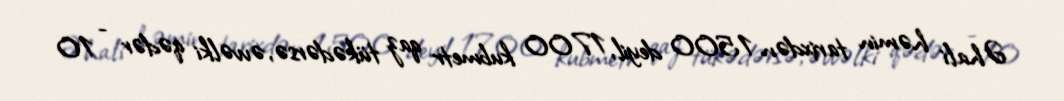
Əhali həmin tarixdən 1500 deyil, 1700 kubmetr qaz tükədərsə, əvvəlki qədər - 10